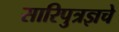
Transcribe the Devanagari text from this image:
सारिपुत्रज्ञचे